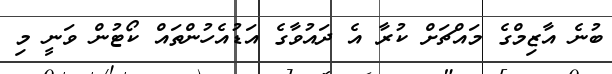
ބުނެ އާޒިމްގެ މައްޗަށް ކުރާ އެ ދައުވާގެ އަޑުއެހުންތައް ކޯޓުން ވަނީ މި